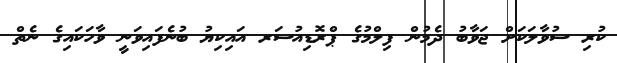
ކުރި ސުވާލަކަށް ޖަވާބު ދެމުން ފިލްމުގެ ޕްރޮޑިއުސަރ އައިކިޔު ބުނެފައިވަނީ ވާހަކައިގެ ނެތް